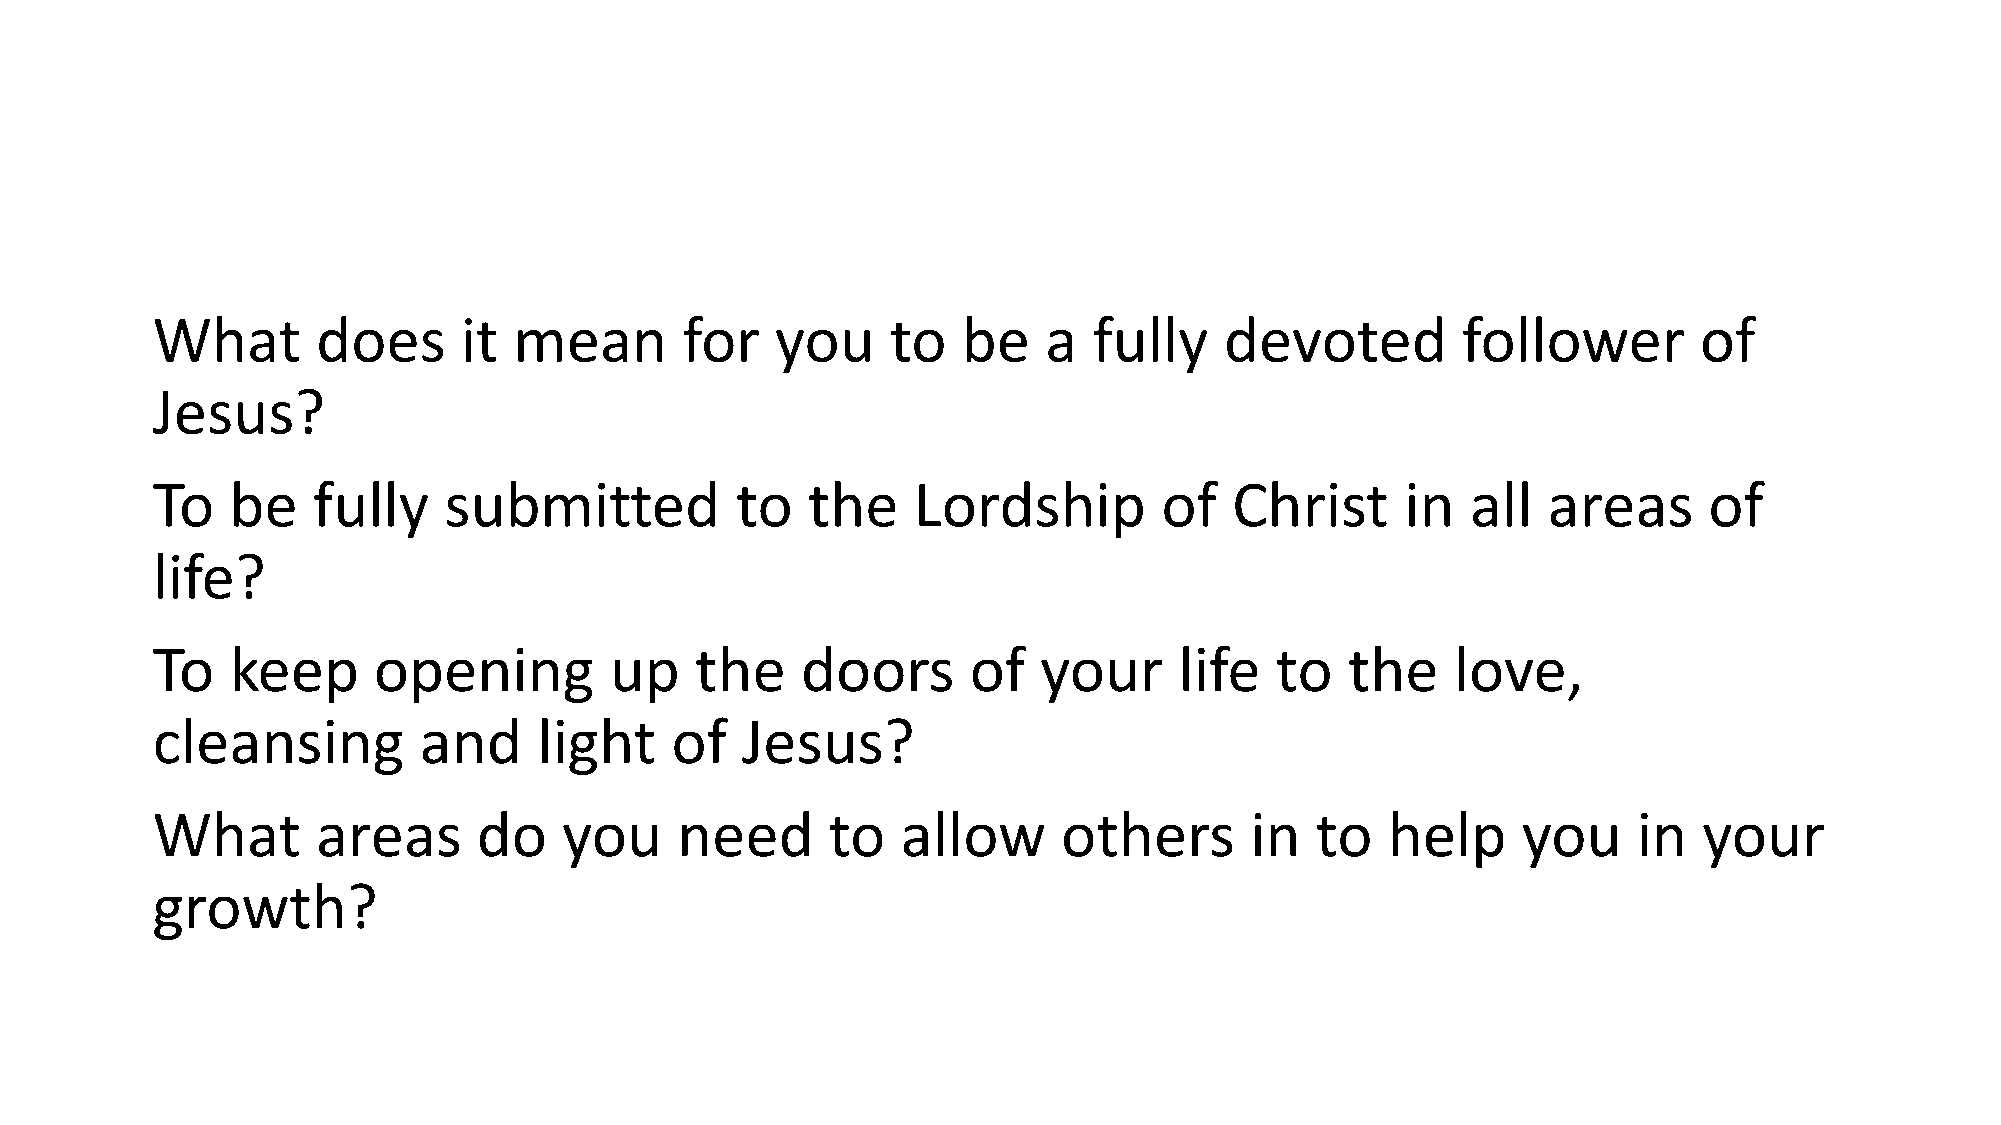
What       does     it  mean       for   you     to   be   a  fully    devoted         follower       of
 Jesus?
 To   be    fully   submitted           to  the    Lordship         of   Christ     in  all  areas      of
 life?
 To   keep      opening        up    the    doors      of   your     life  to   the    love,
 cleansing         and     light   of   Jesus?
 What       areas      do   you     need      to   allow     others       in  to   help     you    in   your
 growth?